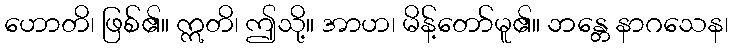
ဟောတိ၊ ဖြစ်၏။ ဣတိ၊ ဤသို့။ အာဟ၊ မိန့်တော်မူ၏။ ဘန္တေ နာဂသေန၊